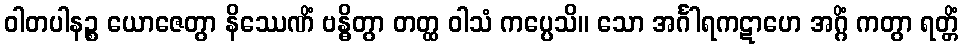
ဝါတပါနဉ္စ ယောဇေတွာ နိဿေဏိံ ဗန္ဓိတွာ တတ္ထ ဝါသံ ကပ္ပေသိ။ သော အင်္ဂါရကဋာဟေ အဂ္ဂိံ ကတွာ ရတ္တိံ